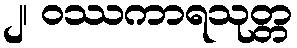
၂၊ ဝဿကာရသုတ္တ